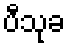
ပီသုခ